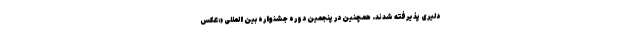
دليری پذیرفته شدند. همچنین در پنجمین دوره جشنواره بین المللی «عکس